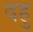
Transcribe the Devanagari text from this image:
दहु